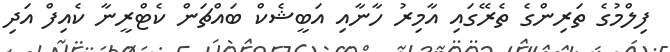
ފިލްމުގެ ތަރިންގެ ތެރޭގައި އާމިރު ހާނާއި އަބީޝެކް ބައްޗަން ކެޓްރީނާ ކެއިފް އަދި